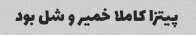
پیتزا کاملا خمیر و شل بود